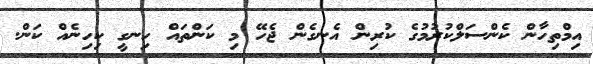
އިމްތިހާން ކެންސަލްކުރުމުގެ ކުރިން އެނގެން ޖެހޭ މި ކަންތައް ހިނގީ ކިހިނެއް ކަން.